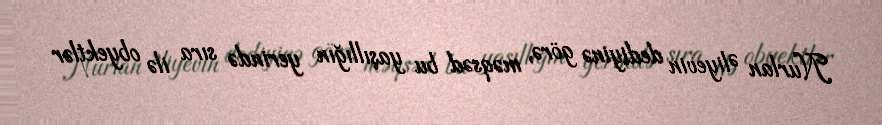
Nurlan Əliyevin dediyinə görə, məqsəd bu yaşıllığın yerində sıra ilə obyektlər